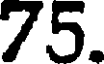
75.